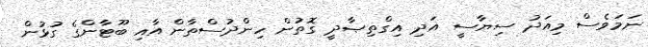
ނަމަވެސް މިއަދު ސިޔާސީ އަދި އިގްތިޞާދީ ގޮތުން ހިންދުސްތާން އާއި ބޫޓާންގެ ގުޅުން